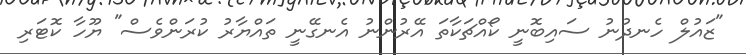
"ޒައުލް ހެނދުނު ސައިބޮނީ ކޯއްޗަކާތަ އޭރުންނު އެނގޭނީ ތައްޔާރު ކުރަންވެސް" ޔޫހާ ކޮޓަރި